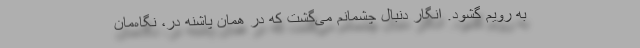
به رویم گشود. انگار دنبال چشمانم می‌گشت که در همان پاشنه در، نگاه‌مان